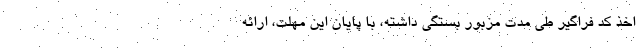
اخذ کد فراگیر طی مدت مزبور بستگی داشته، با پایان این مهلت، ارائه